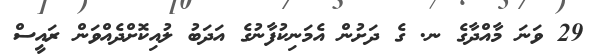
29 ވަނަ މާއްދާގެ ނ. ގެ ދަށުން އެމަނިކުފާނުގެ އަދަބު ލުއިކޮށްދެއްވަން ރައީސް